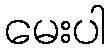
မေးပါ